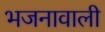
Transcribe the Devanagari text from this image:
भजनावाली